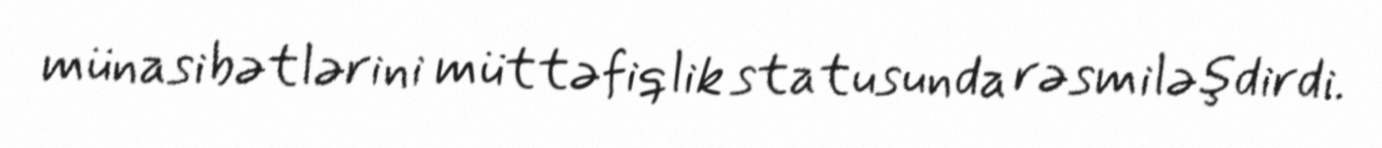
münasibətlərini müttəfiqlik statusunda rəsmiləşdirdi.